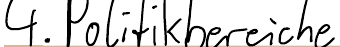
4. Politikbereiche